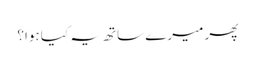
پھر میرے ساتھ یہ کیا ہوا؟